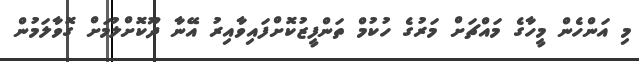
މި އަންހެން މީހާގެ މައްޗަށް މަރުގެ ހުކުމް ތަންފީޒުކޮށްފައިވާއިރު އޭނާ ދޫކޮށްލުމަށް ގޮވާލަމުން